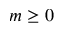
m \geq 0